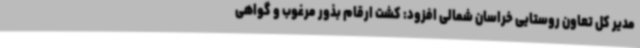
مدیر کل تعاون روستایی خراسان شمالی افزود: کشت ارقام بذور مرغوب و گواهی